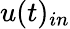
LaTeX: u(t)_{in}